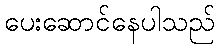
ပေးဆောင်နေပါသည်